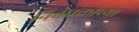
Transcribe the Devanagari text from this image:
निबंधकांच्या